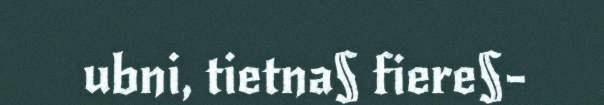
ubni, tietna§ fiere§-